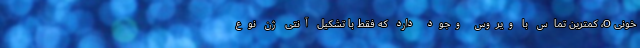
خونی O، کمترین تماس با ویروس وجود دارد که فقط با تشکیل آنتی ژن نوع